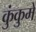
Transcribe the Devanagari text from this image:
कुंकुमे